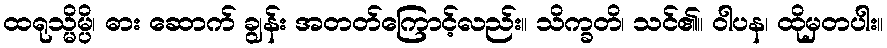
ထရုသ္မိမ္ပိ၊ ဓား ဆောက် ချွန်း အတတ်ကြောင့်လည်း။ သိက္ခတိ၊ သင်၏။ ဝါပန၊ ထိုမှတပါး။